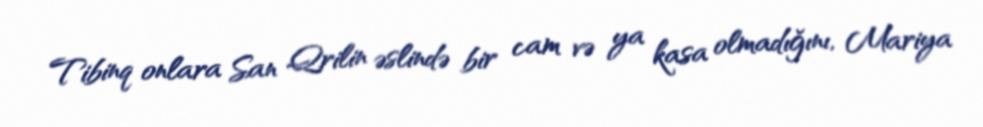
Tibinq onlara San Qrilin əslində bir cam və ya kasa olmadığını, Mariya